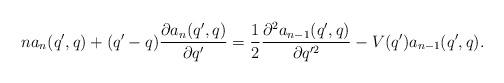
LaTeX: \begin{align*} na_n(q',q) + (q'-q) \frac{\partial a_n(q',q)}{\partial q'} = \frac{1}{2} \frac{\partial ^2 a_{n-1}(q',q)}{\partial q'^2} - V(q')a_{n-1}(q',q).\end{align*}